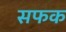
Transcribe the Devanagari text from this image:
सफक